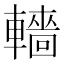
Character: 轖